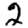
Digit: 2